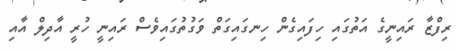
ރިފްޒާ ރައިނީގެ އަތުގައި ހިފައިގެން ހިނގައިގަތް ވަގުތުގައިވެސް ރައިނީ ހުރީ އާދިލް އާއި